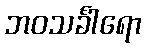
ဘဝသင်္ခါရော